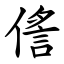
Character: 㑾